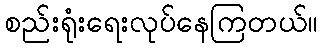
စည်းရုံးရေးလုပ်နေကြတယ်။